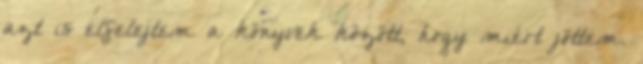
azt is elfelejtem a könyvek között, hogy miért jöttem.